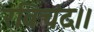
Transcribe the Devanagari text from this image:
रविचंद।।